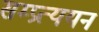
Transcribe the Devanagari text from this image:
सम्प्रत्ययन